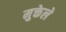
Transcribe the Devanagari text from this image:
मुक्तेले